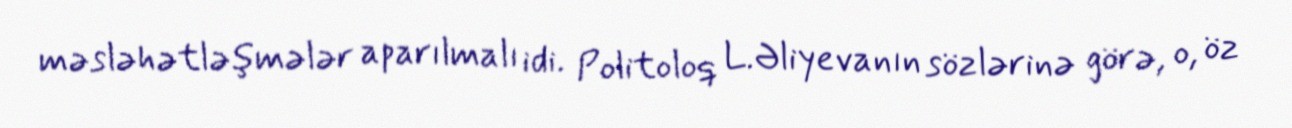
məsləhətləşmələr aparılmalı idi. Politoloq L.Əliyevanın sözlərinə görə, o, öz